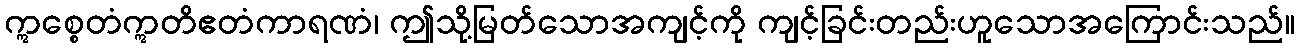
ဣစ္စေတံဣတိဧတံကာရဏံ၊ ဤသို့မြတ်သောအကျင့်ကို ကျင့်ခြင်းတည်းဟူသောအကြောင်းသည်။